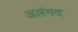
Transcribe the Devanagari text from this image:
अलंगद